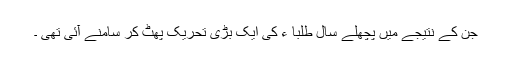
جن کے نتیجے میں پچھلے سال طلبا ء کی ایک بڑی تحریک پھٹ کر سامنے آئی تھی ۔